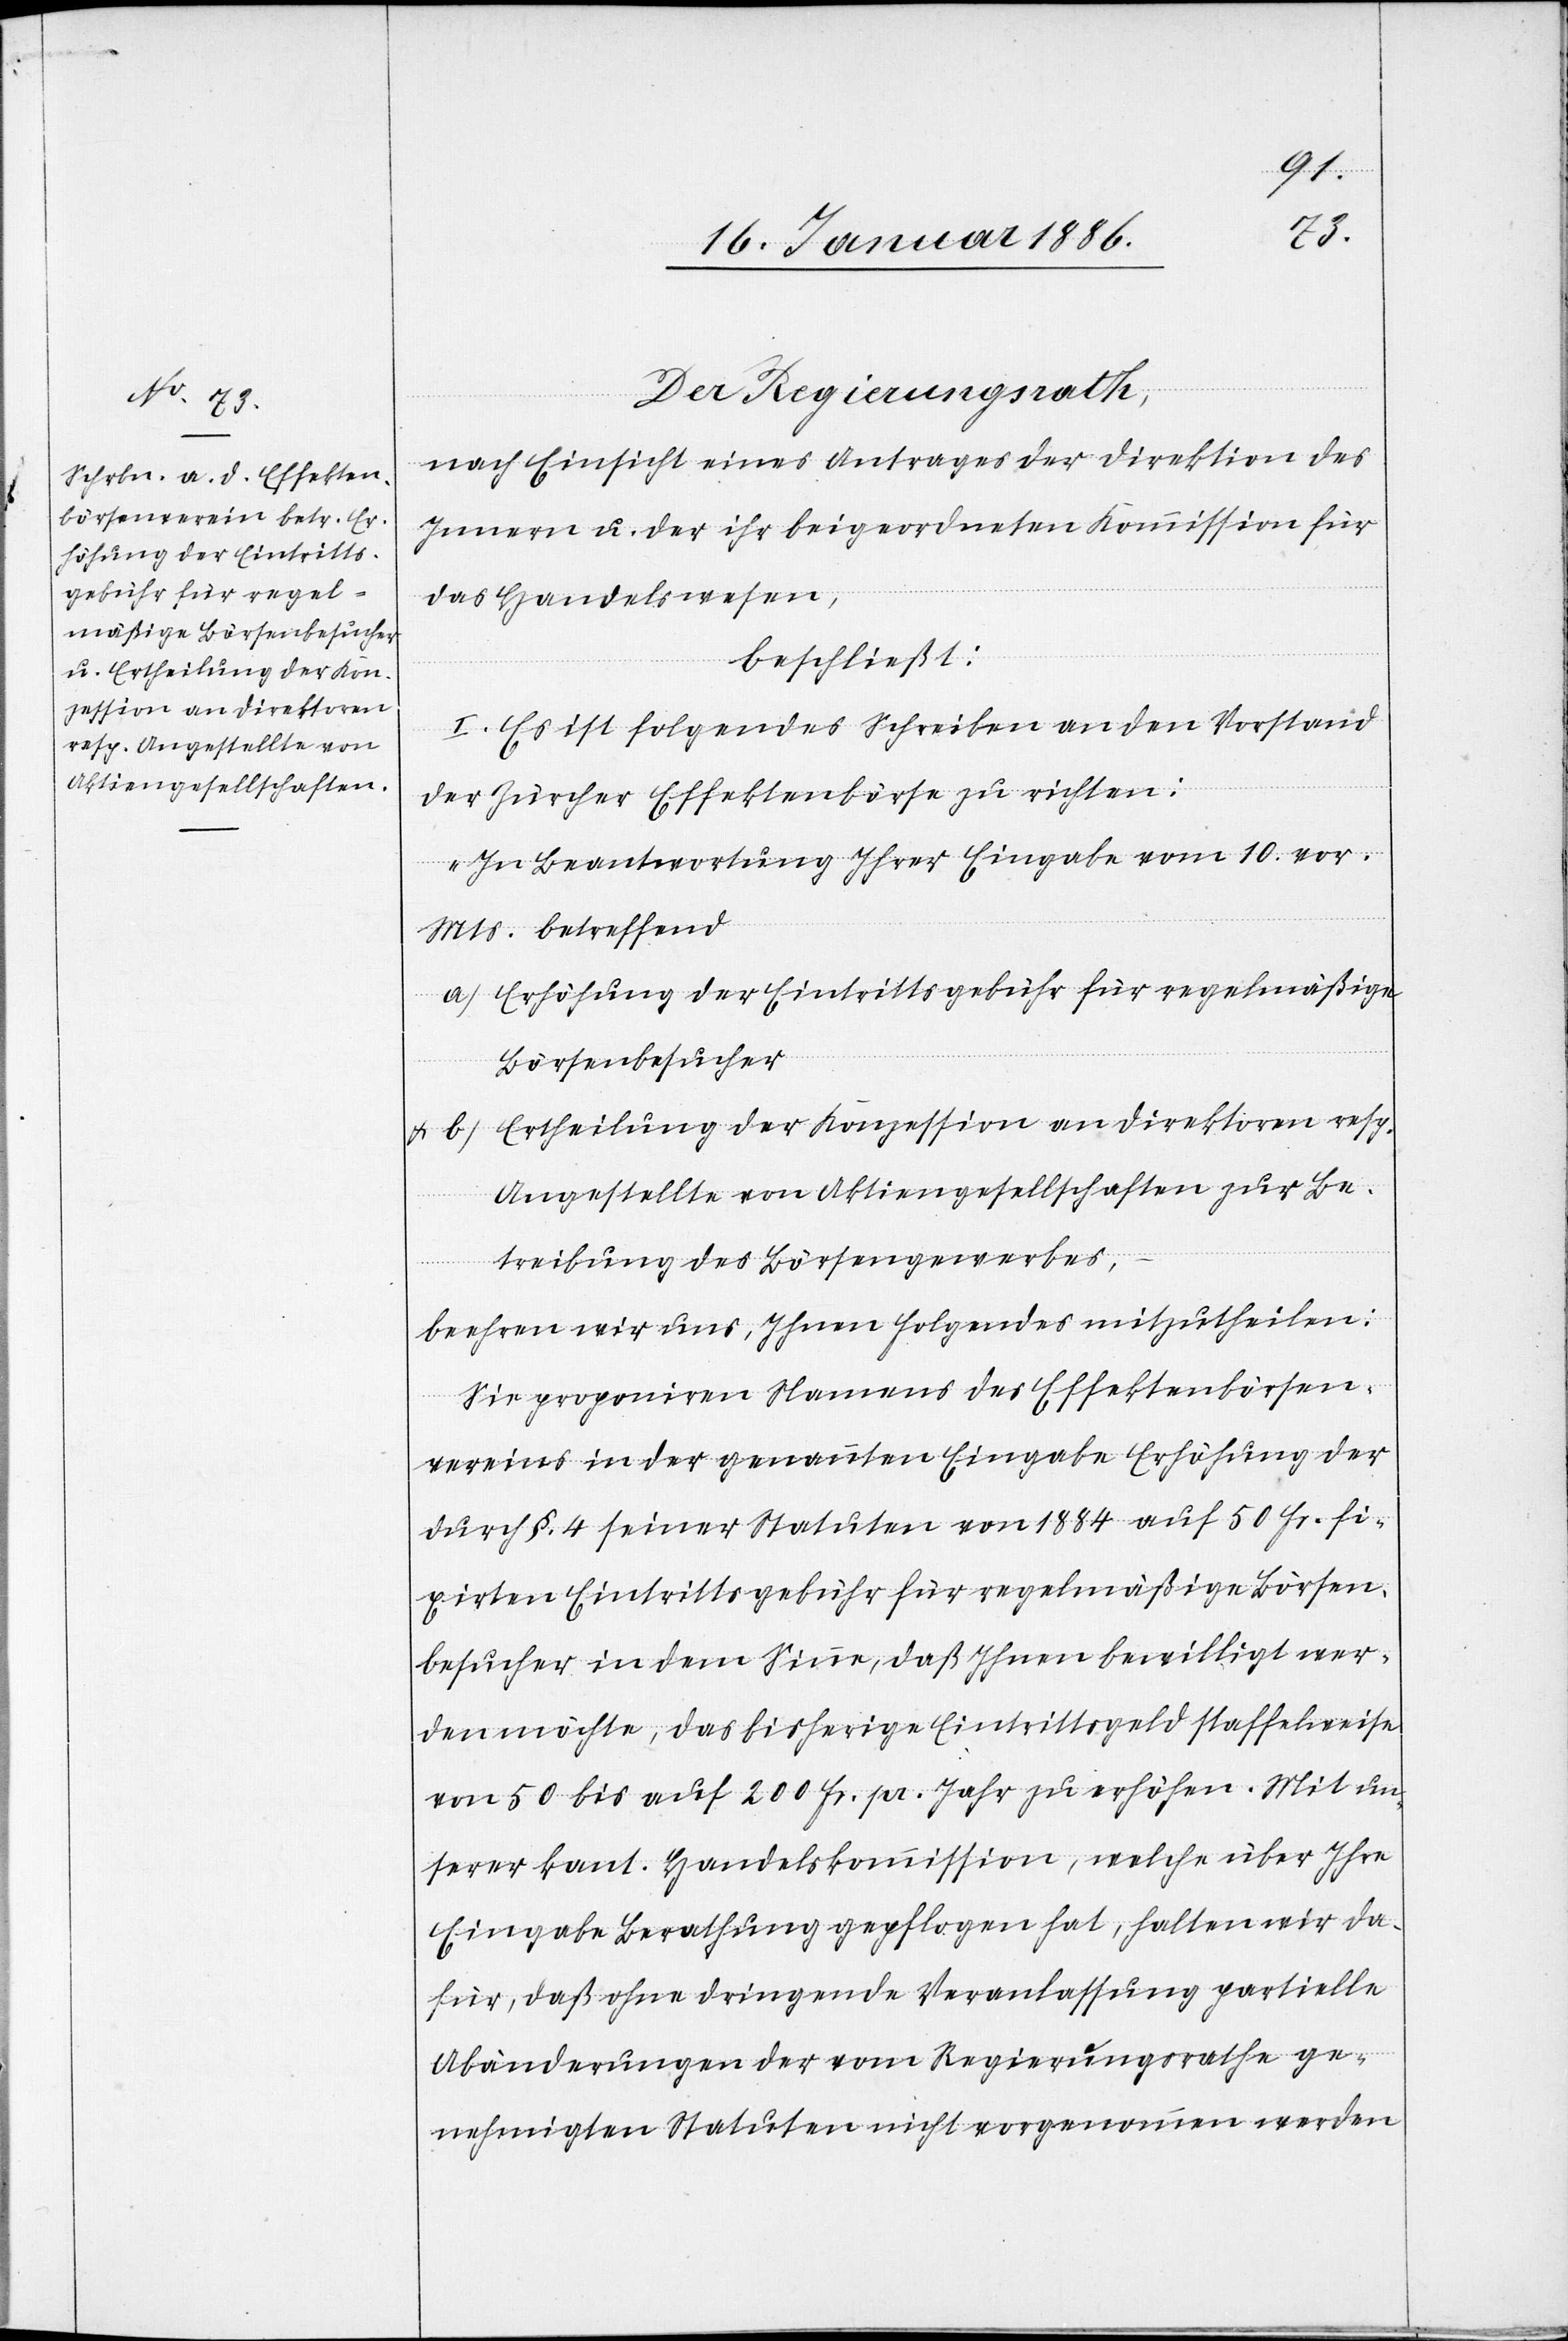
Der Regierungsrath,
nach Einsicht eines Antrages der Direktion des
Innern u. der ihr beigeordneten Kommission für
das Handelswesen,
beschließt:
I. Es ist folgendes Schreiben an den Vorstand
der Zürcher Effektenbörse zu richten:
„In Beantwortung Ihrer Eingabe vom 10. vor.
Mts.– betreffend
a) Erhöhung der Eintrittsgebühr für regelmäßige
Börsenbesucher,
& b) Ertheilung der Konzession an Direktoren resp.
Angestellte von Aktiengesellschaften zur Be¬
treibung des Börsengewerbes,
beehren wir uns, Ihnen folgendes mitzutheilen:
Sie proponieren Namens des Effektenbörsen¬
vereins in der genannten Eingabe Erhöhung der
durch §. 4 seiner Statuten von 1884 auf 50 Fr. fi¬
xirten Eintrittsgebühr für regelmäßigen Börsen¬
besucher in dem Sinne, daß Ihnen bewilligt wer¬
den möchte, das bisherige Eintrittsgeld staffelweise
von 50 bis auf 200 Fr. pr. Jahr zu erhöhen. Mit un¬
serer kant. Handelskommission, welche über Ihre
Eingabe Berathung gepflogen hat, halten wir da¬
für, daß ohne dringende Veranlassung partielle
Abänderungen der vom Regierungsrathe ge¬
nehmigten Statuten nicht vorgenommen werden